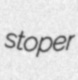
stoper